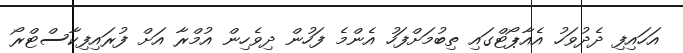
އަހައިފި ދެދުވަހު އެއާޕޯޓްގައި ތިބުމަށްފަހު އެންމެ ފަހުން ދިވެހިން އުމްރާ އަށް ފުރައިފިކާސްޓްރޯ